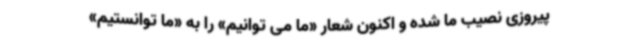
پیروزی نصیب ما شده و اکنون شعار «ما می توانیم» را به «ما توانستیم»